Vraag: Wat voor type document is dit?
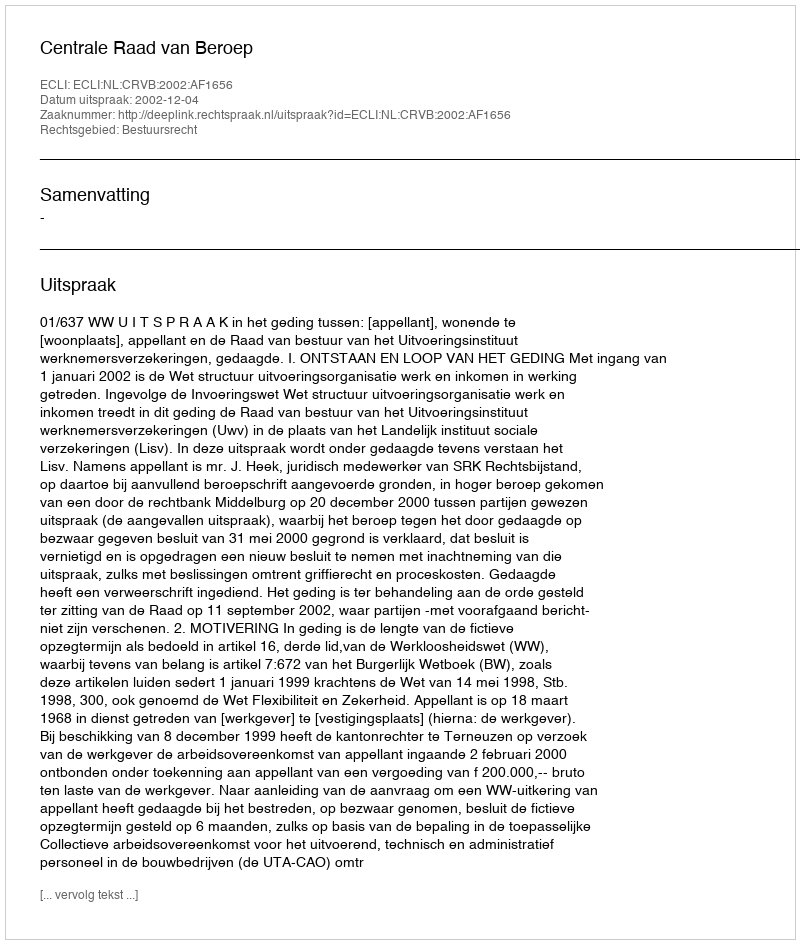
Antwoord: Uitspraak